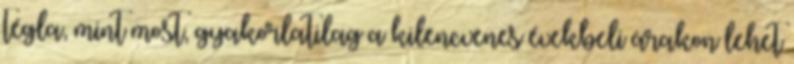
tégla, mint most, gyakorlatilag a kilencvenes évekbeli árakon lehet